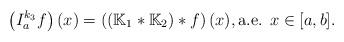
LaTeX: \begin{align*}\left(I_a^{k_3}f\right)(x)=\left(\left(\mathbb{K}_1*\mathbb{K}_2\right)*f\right)(x),\mbox{a.e. } x\in [a,b].\end{align*}